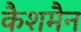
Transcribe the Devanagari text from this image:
कैशमैन